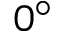
0 ^ { \circ }